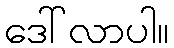
ဒေါ်လာပါ။